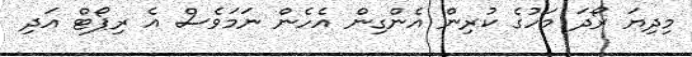
މިދިޔަ ރޯދަ މަހުގެ ކުރިން އެންގިން އެހެން ނަމަވެސް އެ ރިޕޯޓް އަދި